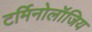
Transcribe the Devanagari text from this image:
टर्मिनोलॉजिय